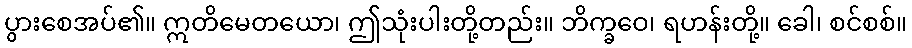
ပွားစေအပ်၏။ ဣတိမေတယော၊ ဤသုံးပါးတို့တည်း။ ဘိက္ခဝေ၊ ရဟန်းတို့။ ခေါ၊ စင်စစ်။